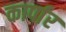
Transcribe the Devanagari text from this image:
कार्पार